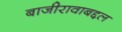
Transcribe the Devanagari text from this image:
बाजीरावाबद्दल